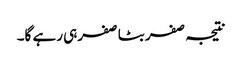
نتیجہ صفر بٹا صفرہی رہے گا۔